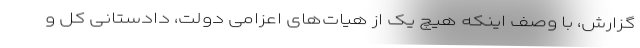
گزارش، با وصف اینکه هیچ یک از هیات‌های اعزامی دولت، دادستانی کل و